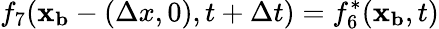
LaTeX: f_{7}(\mathbf{x_{b}}-(\Delta x,0),t+\Delta t)=f_{6}^{*}(\mathbf{x_{b}},t)